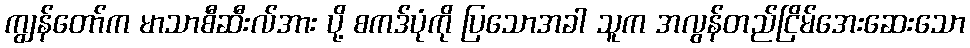
ကျွန်တော်က မာသာစီဆီးလ်အား ပို့ စကဒ်ပုံကို ပြသောအခါ သူက အလွန်တည်ငြိမ်အေးဆေးသော